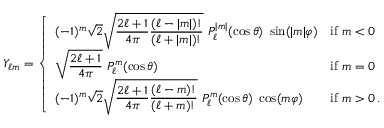
Y _ { \ell m } = { \left\{ \begin{array} { l l } { \displaystyle ( - 1 ) ^ { m } { \sqrt { 2 } } { \sqrt { { \frac { 2 \ell + 1 } { 4 \pi } } { \frac { ( \ell - | m | ) ! } { ( \ell + | m | ) ! } } } } \ P _ { \ell } ^ { | m | } ( \cos \theta ) \ \sin ( | m | \varphi ) } & { { \mathrm { i f ~ } } m < 0 } \\ { \displaystyle { \sqrt { \frac { 2 \ell + 1 } { 4 \pi } } } \ P _ { \ell } ^ { m } ( \cos \theta ) } & { { \mathrm { i f ~ } } m = 0 } \\ { \displaystyle ( - 1 ) ^ { m } { \sqrt { 2 } } { \sqrt { { \frac { 2 \ell + 1 } { 4 \pi } } { \frac { ( \ell - m ) ! } { ( \ell + m ) ! } } } } \ P _ { \ell } ^ { m } ( \cos \theta ) \ \cos ( m \varphi ) } & { { \mathrm { i f ~ } } m > 0 \, . } \end{array} \right. }